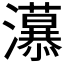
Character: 𭳲